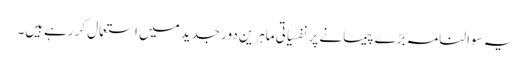
یہ سوالنامہ بڑے پیمانے پر نفسیاتی ماہرین دورِ جدیدمیں استعمال کررہےہیں۔